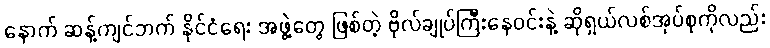
နောက် ဆန့်ကျင်ဘက် နိုင်ငံရေး အဖွဲ့တွေ ဖြစ်တဲ့ ဗိုလ်ချုပ်ကြီးနေဝင်းနဲ့ ဆိုရှယ်လစ်အုပ်စုကိုလည်း